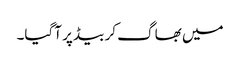
میں بھاگ کر بیڈ پر آگیا۔